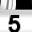
Digit: 5